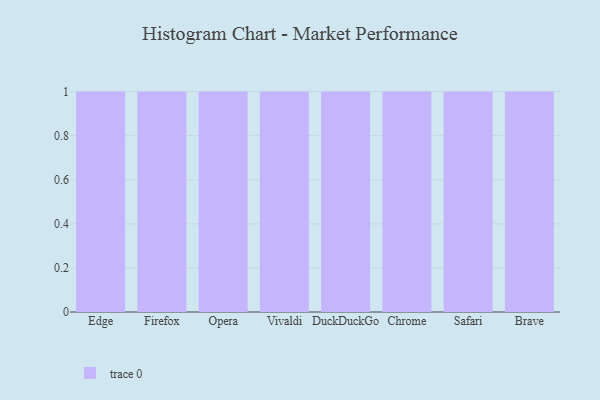
{"axis": {"x": "Browser", "y": "Satisfaction Score"}, "legend": [""], "data": [{"x": "Edge", "y": 55, "type": ""}, {"x": "Firefox", "y": 81, "type": ""}, {"x": "Opera", "y": 70, "type": ""}, {"x": "Vivaldi", "y": 82, "type": ""}, {"x": "DuckDuckGo", "y": 53, "type": ""}, {"x": "Chrome", "y": 85, "type": ""}, {"x": "Safari", "y": 89, "type": ""}, {"x": "Brave", "y": 54, "type": ""}]}